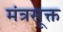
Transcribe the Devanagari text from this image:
मंत्रसूक्त